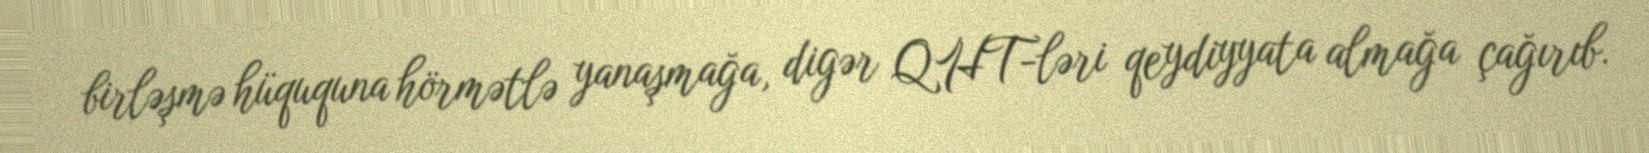
birləşmə hüququna hörmətlə yanaşmağa, digər QHT-ləri qeydiyyata almağa çağırıb.